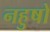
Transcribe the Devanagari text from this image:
नहुषो